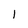
Character: l